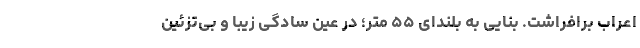
اعراب برافراشت. بنایی به بلندای ۵۵ متر؛ در عین سادگی زیبا و بی‌تزئین